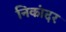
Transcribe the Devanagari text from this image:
निकांदर